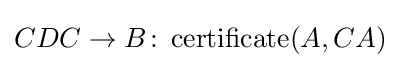
CDC\to B\colon \operatorname {certificate} (A,CA)